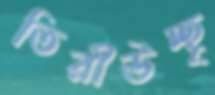
তিরীউচ্ছৃ